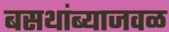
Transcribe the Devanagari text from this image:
बसथांब्याजवळ